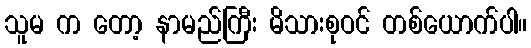
သူမ က တော့ နာမည်ကြီး မိသားစုဝင် တစ်ယောက်ပါ။